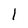
Character: 1